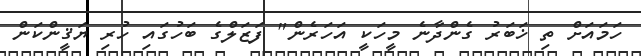
ހަމައަށް ތި ޚަބަރު ގެންދާނެ މީހަކީ އަހަރެން" ފަޒަލްގެ ބަހުގައި ހުރި ޔަޤީންކަން